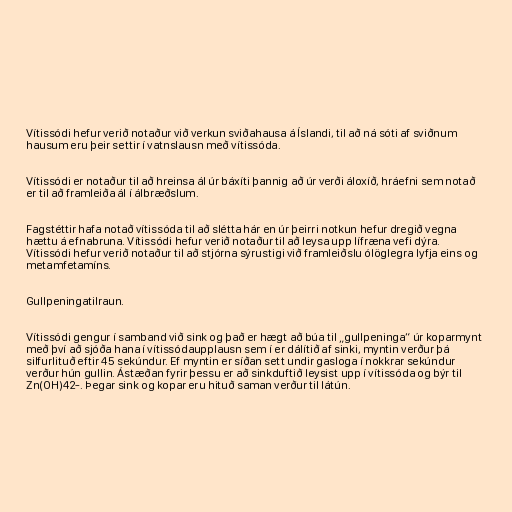
Vítissódi hefur verið notaður við verkun sviðahausa á Íslandi, til að ná sóti af sviðnum
hausum eru þeir settir í vatnslausn með vítissóda.

Vítissódi er notaður til að hreinsa ál úr báxíti þannig að úr verði áloxíð, hráefni sem notað
er til að framleiða ál í álbræðslum.

Fagstéttir hafa notað vítissóda til að slétta hár en úr þeirri notkun hefur dregið vegna
hættu á efnabruna. Vítissódi hefur verið notaður til að leysa upp lífræna vefi dýra.
Vítissódi hefur verið notaður til að stjórna sýrustigi við framleiðslu ólöglegra lyfja eins og
metamfetamíns.

Gullpeningatilraun.

Vítissódi gengur í samband við sink og það er hægt að búa til „gullpeninga“ úr koparmynt
með því að sjóða hana í vítissódaupplausn sem í er dálítið af sinki, myntin verður þá
silfurlituð eftir 45 sekúndur. Ef myntin er síðan sett undir gasloga í nokkrar sekúndur
verður hún gullin. Ástæðan fyrir þessu er að sinkduftið leysist upp í vítissóda og býr til
Zn(OH)42-. Þegar sink og kopar eru hituð saman verður til látún.